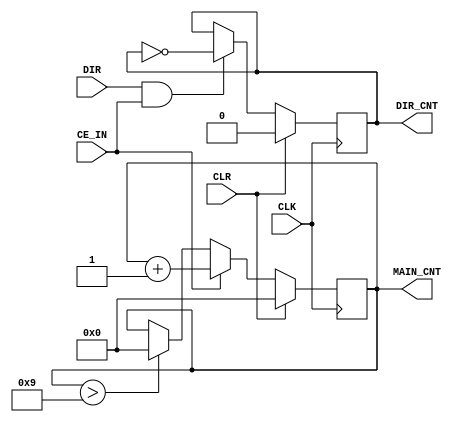
`timescale 1ns / 1ps

module MainNdir(
    input 			CLK,
	input 			CLR,
	input           CE_IN,        // CE z preskalera
	input           DIR,          // sygnal zmiany kierunku zliczania z debouncera
	output reg      DIR_CNT = 0,  // licznik kierunku zliczania ('1' to dekrementacja, '0' to inkrementacja)
	output reg [3:0] MAIN_CNT = 0 // glowny licznik do porownywania duty cycle z kolorami RGB 
    );
    
    always @ (posedge CLK) begin
        if (CLR)
            DIR_CNT <= 1'd0;
        else if (DIR & CE_IN)
            DIR_CNT <= ~DIR_CNT;
    end
    
    always @ (posedge CLK) begin
        if (CLR)
            MAIN_CNT <= 4'd0;
        else if (CE_IN)
            MAIN_CNT <= MAIN_CNT + 1;
        else if (MAIN_CNT > 4'b1001)
            MAIN_CNT <= 4'd0;
    end

endmodule